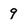
Character: 9